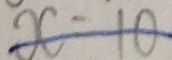
x = 1 0